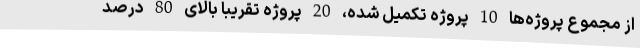
از مجموع پروژه‌ها 10 پروژه تکمیل شده، 20 پروژه تقریباً بالای 80 درصد